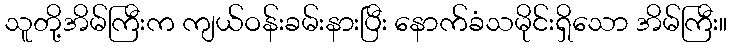
သူတို့အိမ်ကြီးက ကျယ်ဝန်းခမ်းနားပြီး နောက်ခံသမိုင်းရှိသော အိမ်ကြီး။